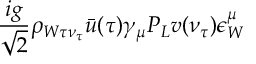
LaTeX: \frac { i g } { \sqrt { 2 } } \rho _ { W \tau \nu _ { \tau } } \bar { u } ( \tau ) \gamma _ { \mu } P _ { L } v ( \nu _ { \tau } ) \epsilon _ { W } ^ { \mu }